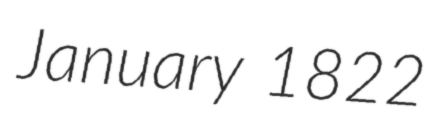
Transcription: January 1822